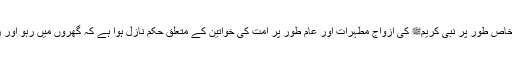
قرآن کریم میں خاص طور پر نبی کریمﷺ کی ازواج مطہرات اور عام طور پر امت کی خواتین کے متعلق حکم نازل ہوا ہے کہ گھروں میں رہو اور زکواۃ دیتی رہو۔